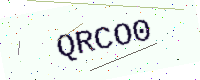
Text: QRCO0